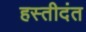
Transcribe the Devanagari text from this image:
हस्तीदंत